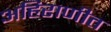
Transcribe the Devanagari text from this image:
अहिराणीत